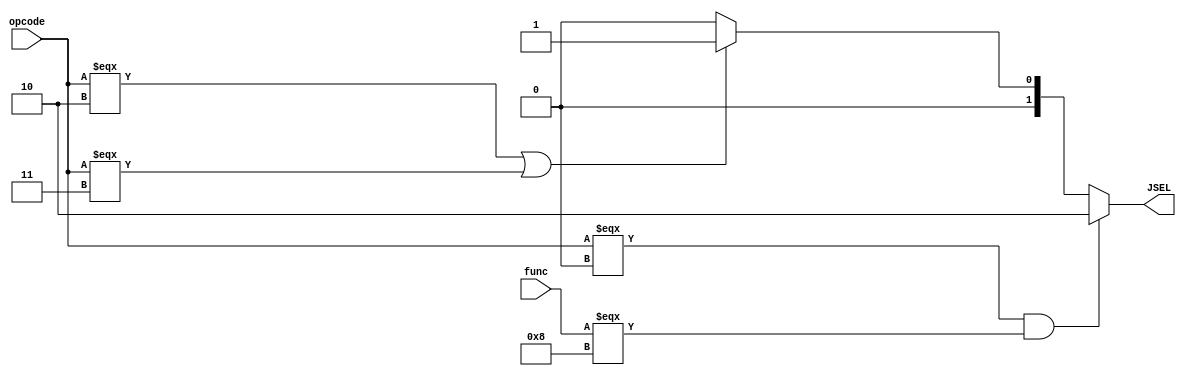
module Jump_CTRL (
    opcode,
    func,               // determine wheter or not to jump
    JSEL                // the selection signal for jumping
);
    parameter J   = 6'b000010;
    parameter JAL = 6'b000011;
    parameter JR  = 6'b001000;
    input [5:0] opcode, func;
    output [1:0] JSEL;

    assign JSEL = (opcode === 6'b0 && func === JR)? 2: (opcode === J || opcode === JAL )? 1:0;
endmodule